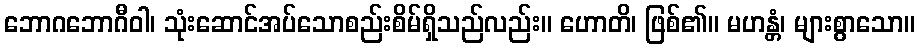
ဘောဂဘောဂီဝါ၊ သုံးဆောင်အပ်သောစည်းစိမ်ရှိသည်လည်း။ ဟောတိ၊ ဖြစ်၏။ မဟန္တံ၊ များစွာသော။